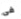
فى